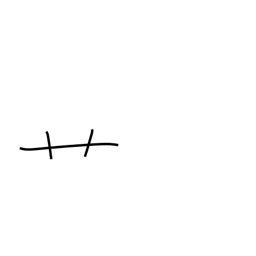
Meaning: radical number 140